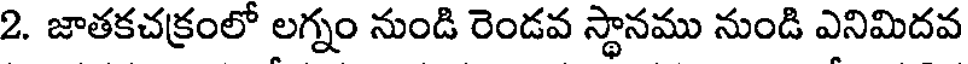
2. జాతకచక్రంలో లగ్నం నుండి రెండవ స్థానము నుండి ఎనిమిదవ